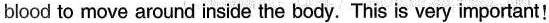
blood to move around inside the body. This is very important!